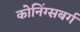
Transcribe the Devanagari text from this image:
कोनिंग्सबर्ग